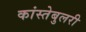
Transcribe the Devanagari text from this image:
कांस्तेबुलरी